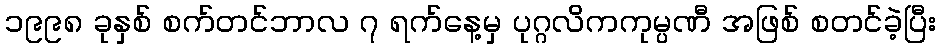
၁၉၉၈ ခုနှစ် စက်တင်ဘာလ ၇ ရက်နေ့မှ ပုဂ္ဂလိကကုမ္ပဏီ အဖြစ် စတင်ခဲ့ပြီး